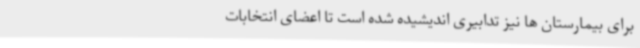
برای بیمارستان ها نیز تدابیری اندیشیده شده است تا اعضای انتخابات